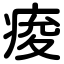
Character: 痠